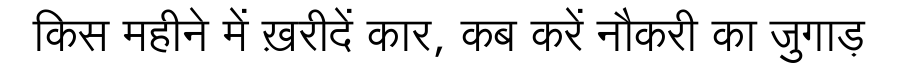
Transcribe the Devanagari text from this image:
किस महीने में ख़रीदें कार, कब करें नौकरी का जुगाड़